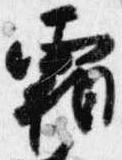
霜